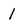
Character: l